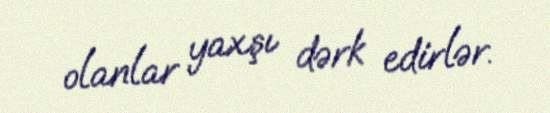
olanlar yaxşı dərk edirlər.